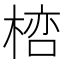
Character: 𣖞